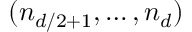
( n _ { d / 2 + 1 } , \ldots , n _ { d } )